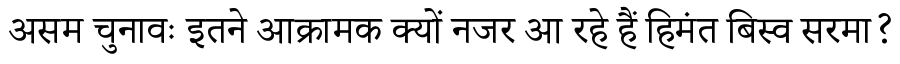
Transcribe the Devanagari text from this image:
असम चुनावः इतने आक्रामक क्यों नजर आ रहे हैं हिमंत बिस्व सरमा?